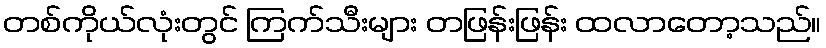
တစ်ကိုယ်လုံးတွင် ကြက်သီးများ တဖြန်းဖြန်း ထလာတော့သည်။